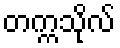
တက္ကသိုလ်